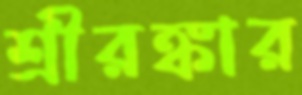
শ্রীরঙ্কার